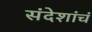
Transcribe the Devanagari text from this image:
संदेशांचं